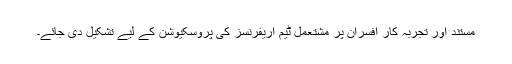
مستند اور تجربہ کار افسران پر مشتعمل ٹیم اریفرنسز کی پروسکیوشن کے لیے تشکیل دی جائے۔